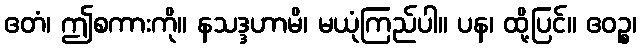
ဧတံ၊ ဤစကားကို။ နသဒ္ဒဟာမိ၊ မယုံကြည်ပါ။ ပန၊ ထို့ပြင်။ ဧဝဉ္စ၊